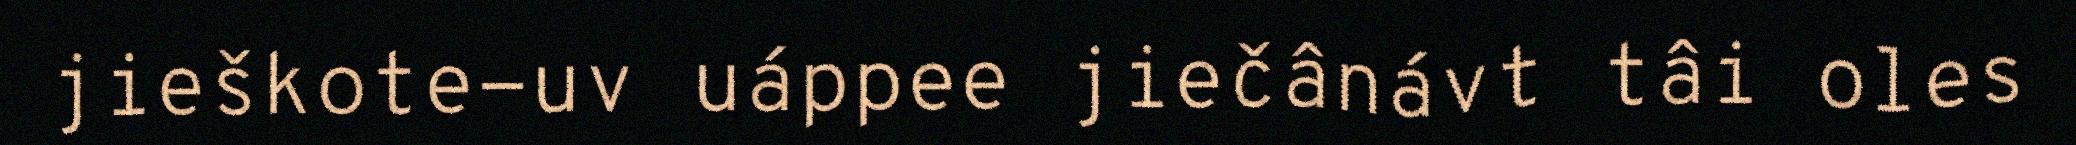
jieškote-uv uáppee jiečânávt tâi oles